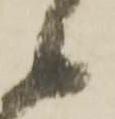
候